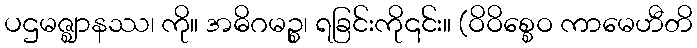
ပဌမဇ္ဈာနဿ၊ ကို။ အဓိဂမဉ္စ၊ ရခြင်းကို၎င်း။ (ဝိဝိစ္စေဝ ကာမေဟီတိ